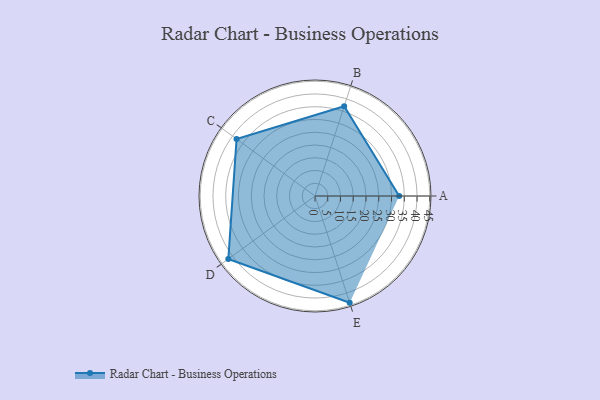
{"axis": {"x": "Skill", "y": "Score"}, "legend": ["Profile"], "data": [{"x": "A", "y": 33.0, "type": "Profile"}, {"x": "B", "y": 37.0, "type": "Profile"}, {"x": "C", "y": 38.0, "type": "Profile"}, {"x": "D", "y": 42.0, "type": "Profile"}, {"x": "E", "y": 44.0, "type": "Profile"}]}